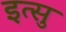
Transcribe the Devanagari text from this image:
इत्सु